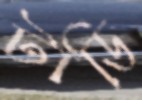
টাডি